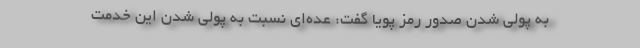
به پولی‌ شدن صدور رمز پویا گفت:‌ عده‌ای نسبت به پولی شدن این خدمت